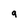
Character: 9